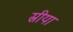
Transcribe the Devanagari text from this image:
स्रीयां